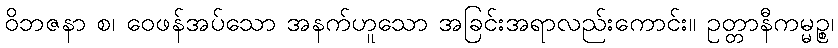
ဝိဘဇနာ စ၊ ဝေဖန်အပ်သော အနက်ဟူသော အခြင်းအရာလည်းကောင်း။ ဥတ္တာနီကမ္မဉ္စ၊